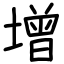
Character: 增